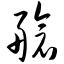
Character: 舱